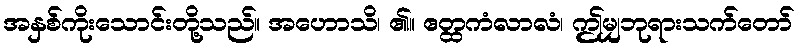
အနှစ်ကိုးသောင်းတို့သည်။ အဟောသိ၊ ၏။ ဧတ္ထကံလာလံ၊ ဤမျှဘုရားသက်တော်